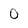
Character: 0